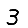
Digit: 3